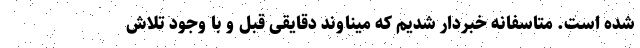
شده است. متاسفانه خبردار شدیم که میناوند دقایقی قبل و با وجود تلاش